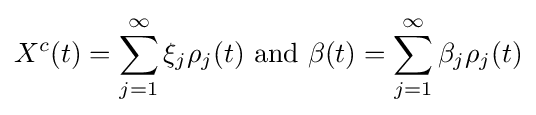
X^{c}(t)=\sum _{j=1}^{\infty }\xi _{j}\rho _{j}(t){\text{ and }}\beta (t)=\sum _{j=1}^{\infty }\beta _{j}\rho _{j}(t)